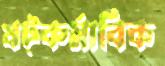
ষট্‌কর্মাবিক